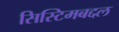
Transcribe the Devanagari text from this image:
सिस्टिमबद्दल